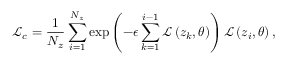
\mathcal { L } _ { c } = \frac { 1 } { N _ { z } } \sum _ { i = 1 } ^ { N _ { z } } \exp \left( - \epsilon \sum _ { k = 1 } ^ { i - 1 } \mathcal { L } \left( z _ { k } , \boldsymbol { \theta } \right) \right) \mathcal { L } \left( z _ { i } , \boldsymbol { \theta } \right) ,